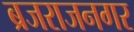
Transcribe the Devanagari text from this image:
ब्रजराजनगर